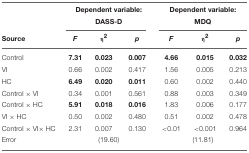
|  | <COLSPAN=3> Dependent variable: | <COLSPAN=3> Dependent variable: |
 |  | <COLSPAN=3> DASS-D | <COLSPAN=3> MDQ |
 | Source | F | η2 | p | F | η2 | p |
 | --- | --- | --- | --- | --- | --- | --- |
 | Control | 7.31 | 0.023 | 0.007 | 4.66 | 0.015 | 0.032 |
 | VI | 0.66 | 0.002 | 0.417 | 1.56 | 0.005 | 0.213 |
 | HC | 6.49 | 0.020 | 0.011 | 0.60 | 0.002 | 0.440 |
 | Control × VI | 0.34 | 0.001 | 0.561 | 0.88 | 0.003 | 0.349 |
 | Control × HC | 5.91 | 0.018 | 0.016 | 1.83 | 0.006 | 0.177 |
 | VI × HC | 0.50 | 0.002 | 0.480 | 0.51 | 0.002 | 0.478 |
 | Control × VI × HC | 2.31 | 0.007 | 0.130 | < 0.01 | < 0.001 | 0.964 |
 | Error | <COLSPAN=3> (19.60) | <COLSPAN=3> (11.81) |